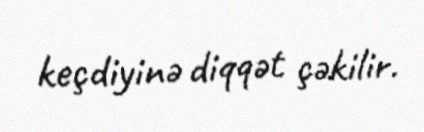
keçdiyinə diqqət çəkilir.